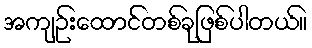
အကျဉ်းထောင်တစ်ခုဖြစ်ပါတယ်။